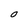
Character: O